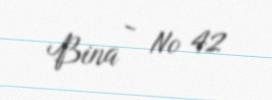
Bina - № 42